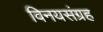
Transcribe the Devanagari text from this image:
विनयसंग्रह